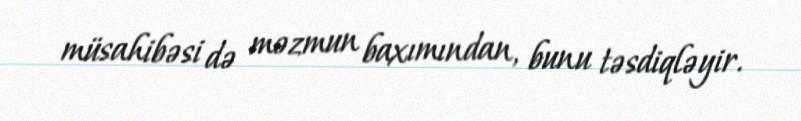
müsahibəsi də məzmun baxımından, bunu təsdiqləyir.